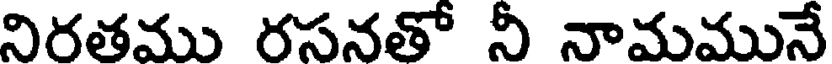
నిరతము రసనతో నీ నామమునే